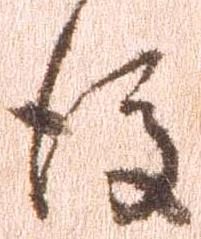
後